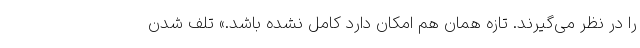
را در نظر می‌گیرند. تازه همان هم امکان دارد کامل نشده باشد.» تلف شدن